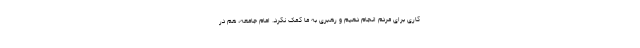
کاری برای مردم انجام دهیم و رهبری به ما کمک نکرد. امام جامعه، هم در